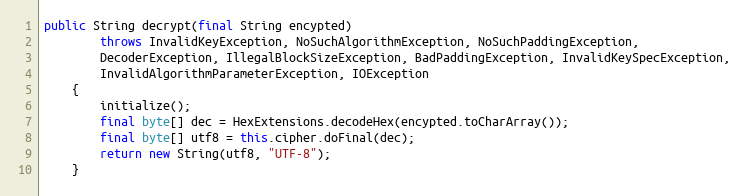
Language: Java
public String decrypt(final String encypted)
		throws InvalidKeyException, NoSuchAlgorithmException, NoSuchPaddingException,
		DecoderException, IllegalBlockSizeException, BadPaddingException, InvalidKeySpecException,
		InvalidAlgorithmParameterException, IOException
	{
		initialize();
		final byte[] dec = HexExtensions.decodeHex(encypted.toCharArray());
		final byte[] utf8 = this.cipher.doFinal(dec);
		return new String(utf8, "UTF-8");
	}